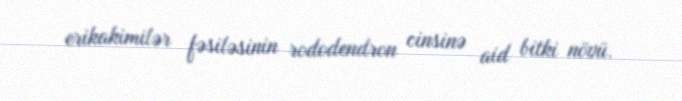
erikakimilər fəsiləsinin rododendron cinsinə aid bitki növü.